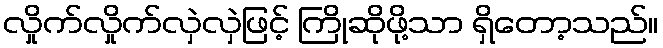
လှိုက်လှိုက်လှဲလှဲဖြင့် ကြိုဆိုဖို့သာ ရှိတော့သည်။